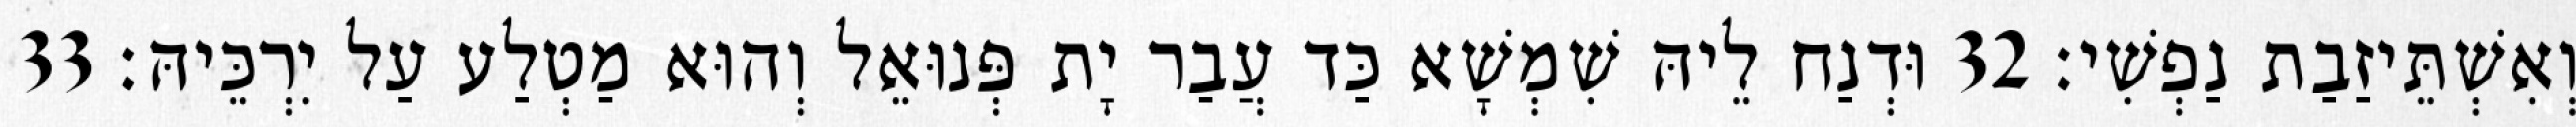
וְאִשְׁתֵּיזַבַת נַפְשִׁי׃ 32 וּדְנַח לֵיהּ שִׁמְשָׁא כַּד עֲבַר יָת פְּנוּאֵל וְהוּא מַטְלַע עַל יִרְכֵּיהּ׃ 33